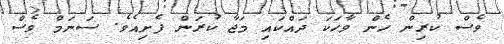
ވެސް ކުރިން ހެން ވާހަކަ ދައްކައި މަޖާ ކުރަން ފެށިއެވެ. ސަނަމް ވެސް